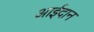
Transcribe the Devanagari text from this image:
आईदान